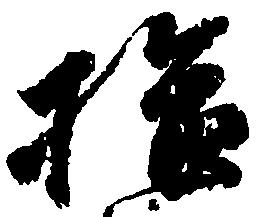
拾